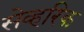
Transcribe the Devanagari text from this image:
सेव्हरिक